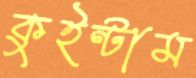
কুইন্টাম